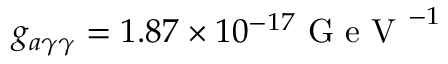
g _ { a \gamma \gamma } = 1 . 8 7 \times 1 0 ^ { - 1 7 } \mathrm { ~ G ~ e ~ V ~ } ^ { - 1 }